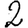
Digit: 2